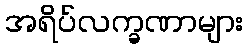
အရိပ်လက္ခဏာများ